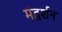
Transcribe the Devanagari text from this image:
मंद्घर्शन